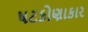
ષટકોણાકાર